Report of the Municipal Commissioner on the plague in Bombay for the year ending 31st May... - Volume 3
Disease focus: Plague
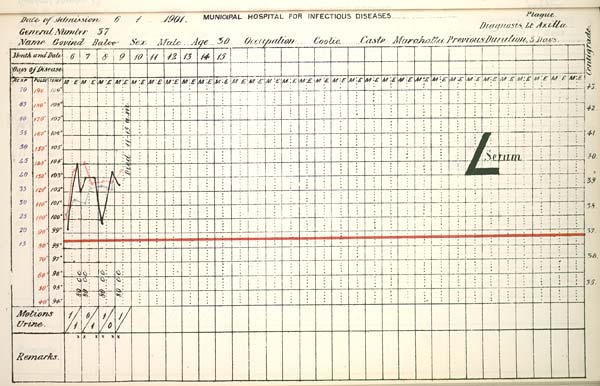
Date
of
Admission
1901
MUNICIPAL
HOSPITAL
FOR
INFECTIOUS
DISEASES.
General
Number
Diagnosis
Name
Sex
Age
Occupation
Caste
Previous
Duration